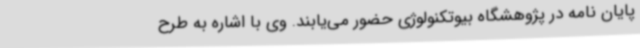
پایان نامه در پژوهشگاه بیوتکنولوژی حضور می‌یابند. وی با اشاره به طرح